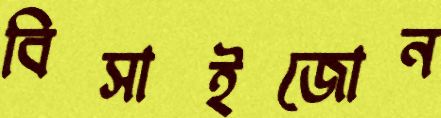
বিসাইজোন